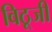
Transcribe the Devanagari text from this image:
विठूजी